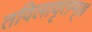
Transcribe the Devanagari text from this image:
तदिलावृतम्॥